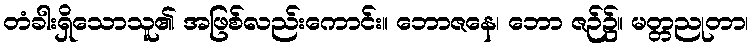
တံခါးရှိသောသူ၏ အဖြစ်လည်းကောင်း။ ဘောဇနေ၊ ဘော ဇဉ်၌။ မတ္တညုတာ၊